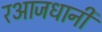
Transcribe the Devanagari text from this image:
रआजधानी